Annual vaccination report of Bihar and Orissa - 1911-1928
Year: 1911
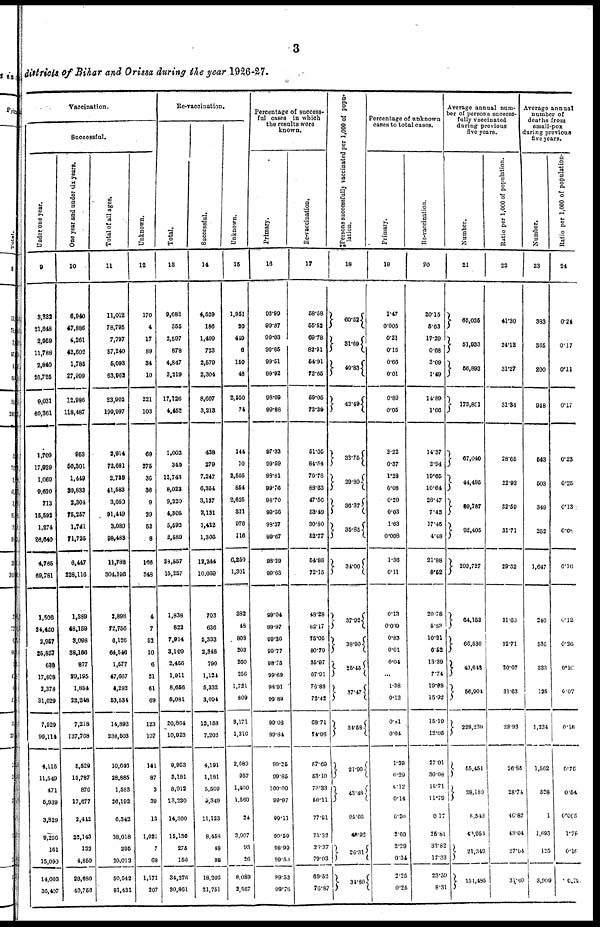
3
districts of Bihar and Orissa during the year 1926-27.
Vaccination.
Successful.
Under one year.
9
3,832
21,848
2,959
11,788
2,840
26,725
9,031
60,361
1,709
17,929
1,069
9,620
713
15,592
1,874
26,640
4,765
69,781
1,508
24,420
2,957
25,857
638
17,808
2,378
31,029
7,529
99,114
4,115
11,549
471
5,939
3,829
9,256
161
15,099
14,003
30,497
One year and under six years.
10
6,940
47,886
4,261
42,602
1,785
27,999
12,986
118,487
953
50,301
1,449
30,833
2,304
75,257
1,741
71,725
6,447
228,116
1,389
48,159
3,098
38,166
877
29,195
1,854
22,248
7,218
137,768
5,529
15,787
876
17,677
2,442
22,143
132
4,850
28,690
40,756
Total of all ages.
11
11,012
78,795
7,797
57,240
5,093
63,962
23,902
199,997
2,914
72,681
2,788
41,583
3,050
91,449
3,080
98,483
11,782
304,196
2,898
72,756
6,126
64,546
1,577
47,667
4,292
53,534
14,893
238,503
10,646
28,885
1,583
26,192
6,342
38,018
295
20,012
50,542
81,431
Unknown.
12
170
4
17
89
34
10
221
103
69
275
36
36
9
29
52
8
166
348
4
7
52
10
6
21
61
69
123
107
141
87
2
39
13
1,021
7
68
1,171
207
Re-vaccination.
Total.
13
9,682
355
2,597
878
4,847
3,219
17,126
4,452
1,002
340
12,743
8,023
9,220
4,505
5,592
2,580
28,557
15,257
1,838
822
7,914
3,109
2,456
1,911
8,656
5,081
20,864
10,923
9,953
3,181
8,912
13,230
14,300
15,136
275
150
34,276
30,861
Successful.
14
4,529
186
1,499
723
2,570
2,304
8,607
3,213
438
279
7,247
6,354
3,137
2,131
1,422
1,305
12,244
10,069
703
636
5,333
2,348
790
1,124
5,332
3,094
12,158
7,202
4,191
1,181
5,509
5,349
11,123
8,458
48
98
18,206
21,751
Unknown.
15
1,951
20
449
8
150
48
2,550
74
144
10
2,505
854
2,625
321
976
116
6,259
1,301
382
48
808
203
260
256
1,731
809
3,171
1,316
2,080
957
1,400
1,560
24
3,907
93
26
8,089
2,567
Percentage of success-
ful cases in which
the results were
known.
Primary.
16
93.99
99.87
99.03
99.85
99.51
99.92
98.09
99.88
97.33
99.59
98.81
99.76
98.70
99.56
98.37
99.67
98.29
99.63
99.04
99.97
99.30
99.77
98.75
99.69
98.91
99.89
99.03
99.84
99.25
99.85
100.00
99.97
99.11
99.59
98.99
99.50
89.53
99.76
Re-vaccination.
17
58.58
55.52
69.78
82.91
54.91
72.65
69.05
73.39
51.05
84.54
70.78
83.63
47.56
53.49
30.80
52.77
54.88
72.15
48.28
82.17
75.05
80.79
35.97
67.91
76.88
72.42
68.71
74.96
57.60
53.10
73.33
80.11
77.91
75.32
26.37
79.03
69.52
76.87
Persons successfully vaccinated per 1,000 of popu-
lation.
18
60.52
31.69
40.83
43.49
32.75
29.89
36.37
35.85
34.00
37.92
38.90
25.45
37.47
34.68
21.99
43.48
95.66
48.92
26.31
34.80
Percentage of unknown
cases to total cases.
Primary.
19
1.47
0.005
0.21
0.15
0.66
0.01
0.89
0.05
2.22
0.37
1.28
0.08
0.20
0.03
1.63
0.008
1.36
0.11
0.13
0.009
0.83
0.01
0.04
...
1.38
0.12
0.31
0.04
1.29
0.29
0.12
0.14
0.20
2.60
2.29
0.34
2.25
0.25
Re-vaccination.
20
20.15
5.63
17.29
0.68
3.09
1.49
14.89
1.66
14.37
2.94
19.65
10.64
28.47
7.48
17.45
4.48
21.88
8.52
20.78
5.83
10.21
6.52
13.39
7.74
19.88
15.92
15.19
12.05
27.01
30.08
15.71
11.79
0.17
25.81
33.82
17.33
23.50
8.31
Average annual num-
ber of persons success-
fully vaccinated
during previous
five years.
Number.
21
65,025
51,933
56,893
173,851
67,040
44,495
89,787
92,405
203,727
64,153
66,530
40,648
56,904
228,230
55,451
28,180
8,549
49,950
21,349
154,495
Ratio per 1,000 of population.
22
41.30
24.12
31.27
31.34
28.65
22.92
32.59
31.71
29.52
31.60
32.71
20.07
31.63
28.93
26.85
28.74
46.82
43.04
27.04
31.09
Average annual
number of
deaths from
small-pox
during previous
five years.
Number.
23
383
365
200
948
543
503
349
252
1,647
240
536
333
135
1,234
1,562
528
1
1,693
125
3,909
Ratio per 1,000 of population.
24
0.24
0.17
0.11
0.17
0.23
0.25
0.13
0.08
0.16
0.12
0.26
0.10
0.07
0.15
0.75
0.54
0.005
1.78
6.10.
0.78